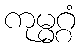
ကုမ္မဂ္ဂံ